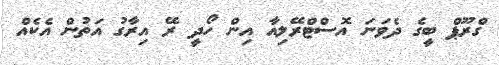
ގްރޫޕް ބީގެ ދެވަނަ އޮސްޓްރޭލިއާ އިން ހޯދީ ރޭ އިރާގު އަތުން އެކެއް